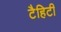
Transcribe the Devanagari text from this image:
टैहिटी